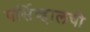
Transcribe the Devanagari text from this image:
पर्सिव्हालची